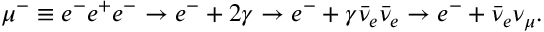
\mu ^ { - } \equiv e ^ { - } e ^ { + } e ^ { - } \rightarrow e ^ { - } + 2 \gamma \rightarrow e ^ { - } + \gamma \bar { \nu } _ { e } \bar { \nu } _ { e } \rightarrow e ^ { - } + \bar { \nu } _ { e } \nu _ { \mu } .